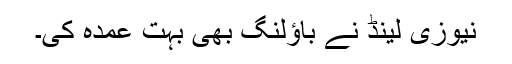
نیوزی لینڈ نے باؤلنگ بھی بہت عمدہ کی۔